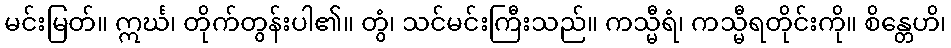
မင်းမြတ်။ ဣင်္ဃ၊ တိုက်တွန်းပါ၏။ တွံ၊ သင်မင်းကြီးသည်။ ကသ္မီရံ၊ ကသ္မီရတိုင်းကို။ စိန္တေဟိ၊